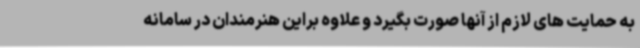
به حمایت های لازم از آنها صورت بگیرد و علاوه براین هنرمندان در سامانه